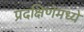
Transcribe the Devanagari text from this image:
प्रदक्षिणेमध्ये